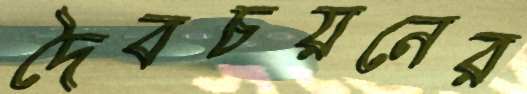
দৈবচয়নের